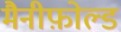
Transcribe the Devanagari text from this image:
मैनीफ़ोल्ड